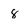
Character: 8